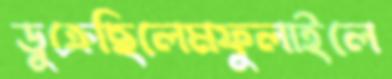
ডুক্‌রেছিলেমফুলাইলে